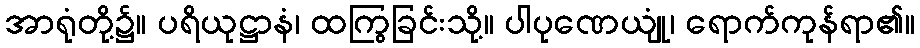
အာရုံတို့၌။ ပရိယုဋ္ဌာနံ၊ ထကြွခြင်းသို့။ ပါပုဏေယျုံ၊ ရောက်ကုန်ရာ၏။